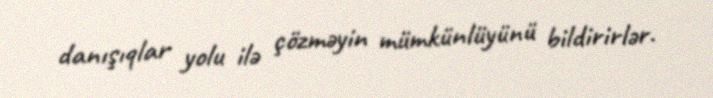
danışıqlar yolu ilə çözməyin mümkünlüyünü bildirirlər.